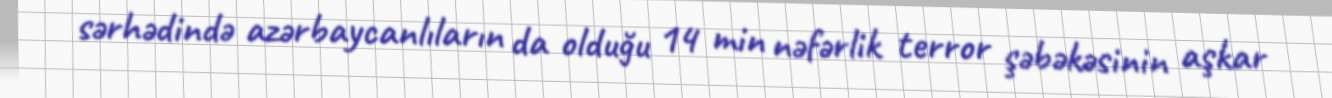
sərhədində azərbaycanlıların da olduğu 14 min nəfərlik terror şəbəkəsinin aşkar